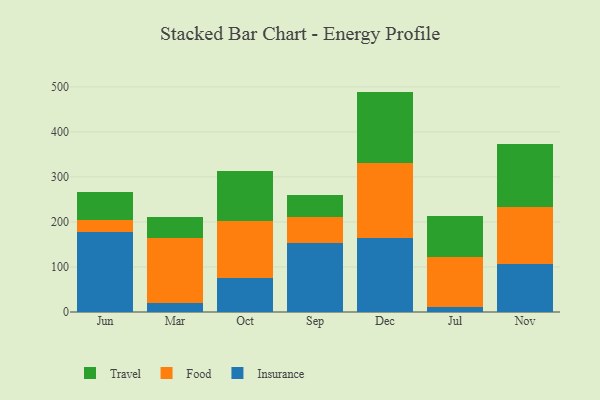
{"axis": {"x": "Month", "y": "Churn Rate (%)"}, "legend": ["Food", "Insurance", "Travel"], "data": [{"x": "Jun", "y": 177.2, "type": "Insurance"}, {"x": "Jun", "y": 26.6, "type": "Food"}, {"x": "Jun", "y": 61.7, "type": "Travel"}, {"x": "Mar", "y": 19.0, "type": "Insurance"}, {"x": "Mar", "y": 145.0, "type": "Food"}, {"x": "Mar", "y": 48.1, "type": "Travel"}, {"x": "Oct", "y": 74.8, "type": "Insurance"}, {"x": "Oct", "y": 128.3, "type": "Food"}, {"x": "Oct", "y": 109.6, "type": "Travel"}, {"x": "Sep", "y": 153.0, "type": "Insurance"}, {"x": "Sep", "y": 58.1, "type": "Food"}, {"x": "Sep", "y": 48.9, "type": "Travel"}, {"x": "Dec", "y": 163.7, "type": "Insurance"}, {"x": "Dec", "y": 167.3, "type": "Food"}, {"x": "Dec", "y": 158.5, "type": "Travel"}, {"x": "Jul", "y": 10.8, "type": "Insurance"}, {"x": "Jul", "y": 110.5, "type": "Food"}, {"x": "Jul", "y": 90.9, "type": "Travel"}, {"x": "Nov", "y": 106.9, "type": "Insurance"}, {"x": "Nov", "y": 127.3, "type": "Food"}, {"x": "Nov", "y": 138.5, "type": "Travel"}]}